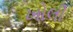
ખોલી